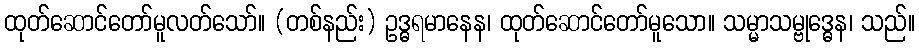
ထုတ်ဆောင်တော်မူလတ်သော်။ (တစ်နည်း) ဥဒ္ဓရမာနေန၊ ထုတ်ဆောင်တော်မူသော။ သမ္မာသမ္ဗုဒ္ဓေန၊ သည်။